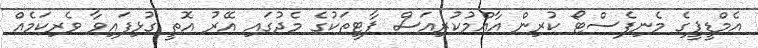
އެމްޑީޕީގެ މެނިފެސްޓޯ ކުރިން އާއްމުކުރިއަސް ޕާޓީތަކުގެ މެދުގައި އޭރު އޮތީ ގުޅިފައިވާ ވެރިކަމެއް